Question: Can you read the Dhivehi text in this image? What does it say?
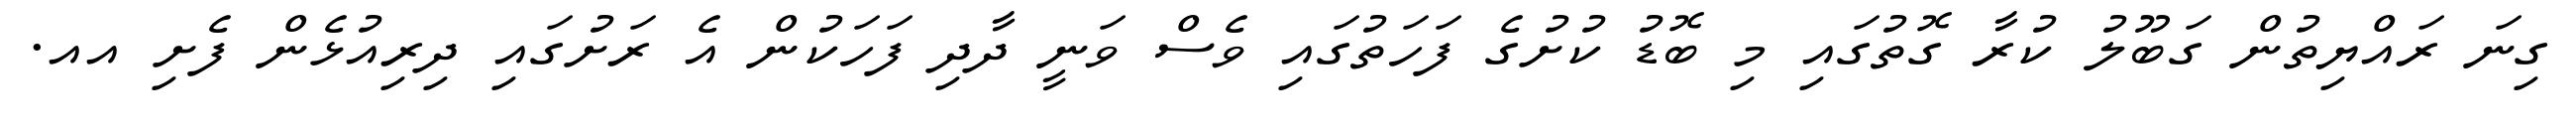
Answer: ގިނަ ރައްޔިތުން ގަބޫލު ކުރާ ގޮތުގައި މި ބޮޑު ކުށުގެ ފަހަތުގައި ވެސް ވަނީ ދާދި ފަހަކުން އެ ރަށުގައި ދިރިއުޅެން ފެށި އއ.